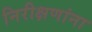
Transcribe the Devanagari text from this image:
निरीक्षणांना